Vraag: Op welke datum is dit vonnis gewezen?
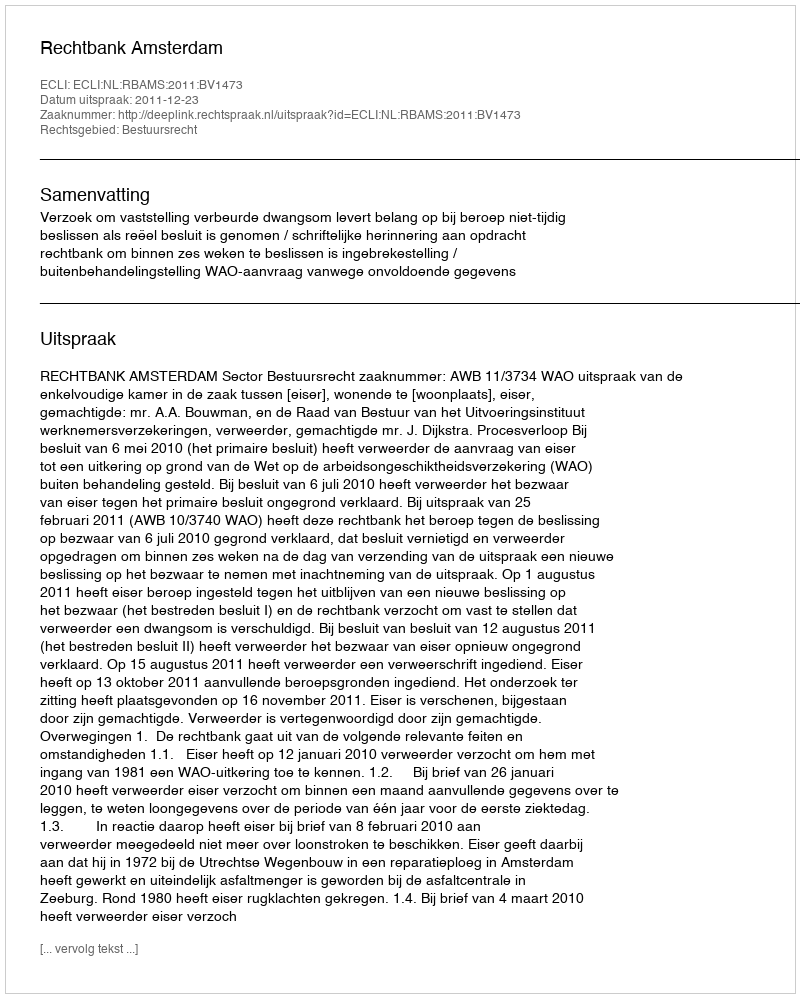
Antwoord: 2011-12-23